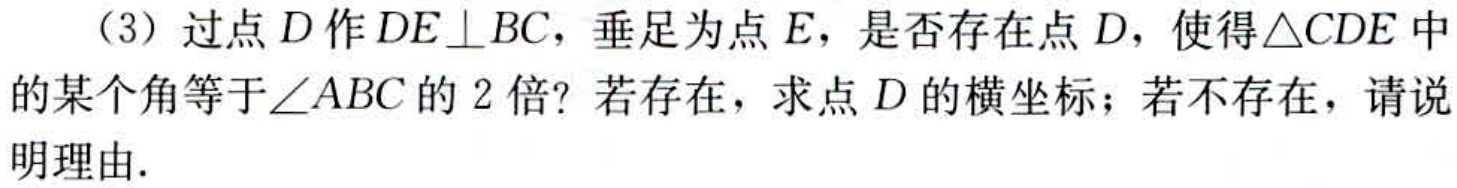
（3）过点\(D\)作\(DE\perp BC\)，垂足为点\(E\)，是否存在点\(D\)，使得\(\triangle CDE\)中的某个角等于\(\angle ABC\)的\(2\)倍？若存在，求点\(D\)的横坐标；若不存在，请说明理由.